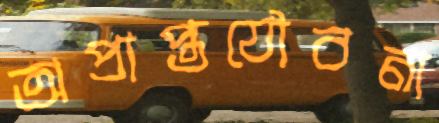
অপ্রাপ্তযৌবনা